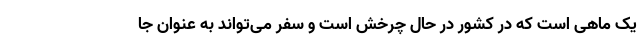
یک ماهی است که در کشور در حال چرخش است و سفر می‌تواند به عنوان جا